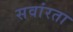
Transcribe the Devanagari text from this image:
सवांरता